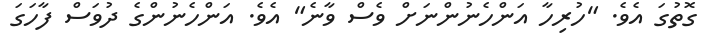
ގޮތުގަ އެވެ. "ހުރިހާ އަންހެނުންނަށް ވެސް ވާނެ" އެވެ. އަންހެނުންގެ ދުވަސް ފާހަގަ